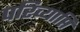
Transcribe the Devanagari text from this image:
परिव्याप्ति